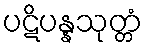
ပဋိပန္နသုတ္တံ